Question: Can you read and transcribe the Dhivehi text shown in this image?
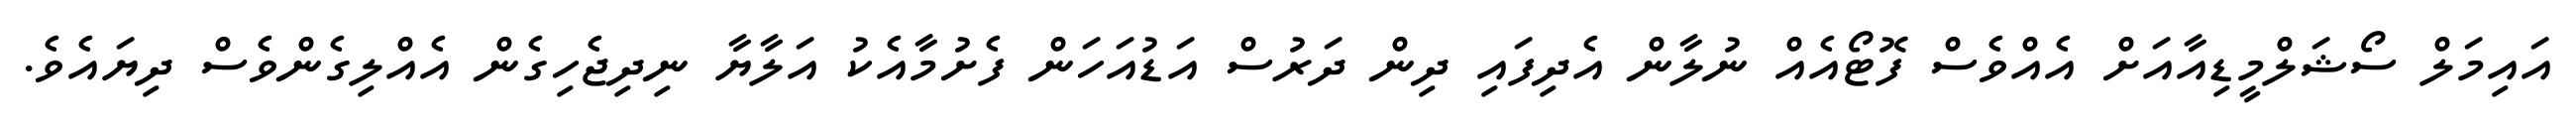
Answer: އައިމަލް ސޯޝަލްމީޑިއާއަށް އެއްވެސް ފޮޓޯއެއް ނުލާން އެދިފައި ދިން ދަރުސް އަޑުއަހަން ފެށުމާއެކު އަލާޔާ ނިދިޖެހިގެން އެއްލިގެންވެސް ދިޔައެވެ.